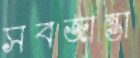
সবজান্তা